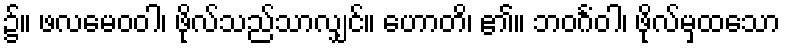
၌။ ဖလမေဝဝါ၊ ဖိုလ်သည်သာလျှင်။ ဟောတိ၊ ၏။ ဘဝင်္ဂံဝါ၊ ဖိုလ်မှထသော